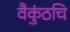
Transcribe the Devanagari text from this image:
वैकुंठचि